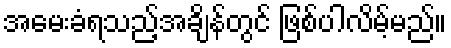
အမေးခံရသည့်အချိန်တွင် ဖြစ်ပါလိမ့်မည်။